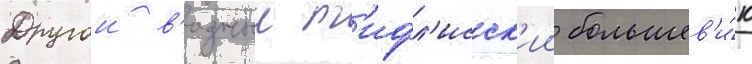
Другои в'идныи т'ифл'исск'ии большев'и́к